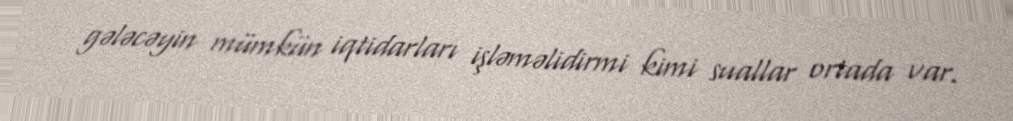
gələcəyin mümkün iqtidarları işləməlidirmi kimi suallar ortada var.